Lunatic asylums Burma 1907-21 - 1907-1921
Year: 1907
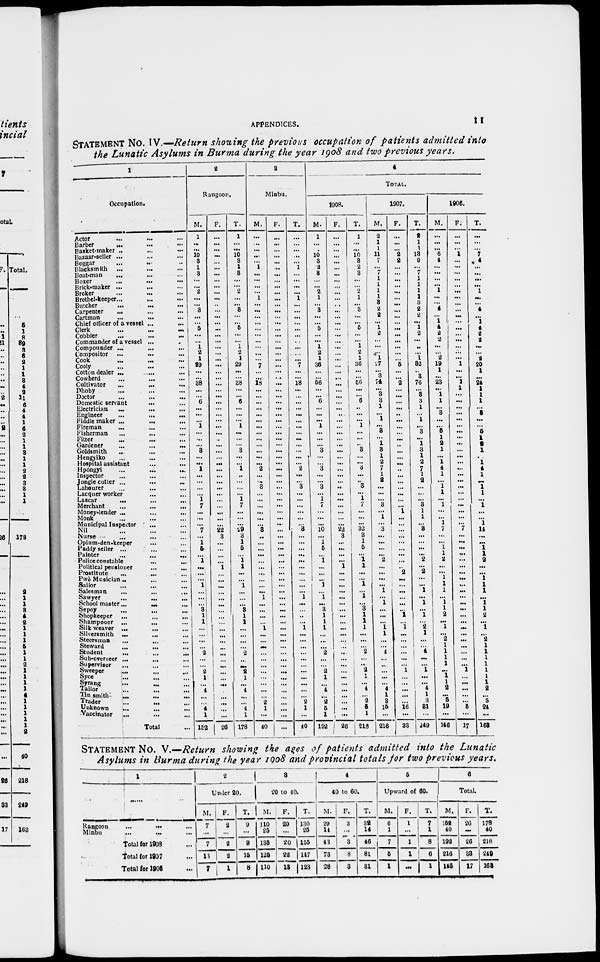
APPENDICES.
11
STATEMENT No. IV.—Return showing the previous occupation of patients admitted into
the Lunatic Asylums in Burma during the year 1908 and two previous years.
1
Occupation.
Actor ... ... ...
Barber
... ... ...
Basket-maker ... ... ...
Bazaar-seller ... ... ...
Beggar ... ... ...
Blacksmith ... ... ...
Boat-man
... ... ...
Boxer
...
...
...
Brick-maker ... ... ...
Broker ... ... ...
Brothel-keeper... ... ...
Butcher ... ... ...
Carpenter
...
...
...
Cartman ... ... ...
Chief officer of a vessel ... ...
Clerk
...
...
...
Cobbler
...
...
...
Commander of a vessel ... ...
Compounder ... ... ...
Compositor ...
...
...
Cock ... ... ...
Cooly ... ... ...
Cotton dealer ... ... ...
Cowherd
...
... ...
Cultivator ... ... ...
Dhoby ... ... ...
Doctor ... ... ...
Domestic servant ... ... ...
Electrician
... ... ...
Engineer ... ... ...
Fiddle maker ...
... ...
Fireman
... ... ...
Fisherman ... ... ...
Fitter ... ... ...
Gardener ... ... ...
Goldsmith ... ... ...
Heogyiko ... ... ...
Hospital assistant ... ...
Hpôngyi ... ... ...
Inspector ... ... ...
Jungle cutter ... ... ...
Labourer ... ... ...
Lacquer worker ... ...
Lascar ... ... ...
Merchant
...
...
...
Money-lender ...
Monk ... ... ...
Municipal Inspector ... ...
Nil ... ... ...
Nurse ... ... ...
Opiunvden-keeper ... ...
Faddy seller ... ... ...
Painter ... ... ...
Police constable ... ...
Political pensioner ... ... ...
Prostitute ... ... ...
Pwè Musician ... ... ...
Sailor ... ... ...
Salesman
...
...
...
Sawyer
...
... ...
School master...
... ...
Sepoy
...
...
...
Shopkeeper
...
...
...
Shampooer ...
...
...
Silk weaver ... ... ...
Silversmith ... ... ...
Steersman ... ... ...
Steward
...
...
...
Student
...
...
...
Sub-overseer ...
...
...
Supervisor
...
...
...
Sweeper ... ... ...
Syce ... ... ...
Syrang ... ... ...
Tailor ... ... ...
Tin smith
...
...
...
Trader ... ... ...
Unknown ... ... ...
Vaccinator ... ... ...
Total ...
2
Rangoon.
M.
1
...
...
10
3
1
3
...
...
2
...
...
3
...
...
5
...
...
1
2
1
29
...
...
38
...
...
6
...
...
...
1
...
...
...
3
...
...
1
...
...
...
...
1
7
...
...
...
7
...
1
5
...
1
...
...
...
1
1
...
...
3
1
1
...
...
...
...
2
...
...
2
1
...
4
...
...
4
1
152
F.
...
...
...
...
...
...
...
...
...
...
...
...
...
...
...
...
...
...
...
...
...
...
...
...
...
...
...
...
...
...
...
...
...
...
...
...
...
...
...
...
...
...
...
...
...
...
...
22
3
...
...
...
...
1
...
...
...
...
...
...
...
...
...
...
...
...
...
...
...
...
...
...
...
...
...
...
...
...
26
T.
1
...
...
10
3
1
3
...
...
2
...
...
3
...
...
5
...
...
1
2
1
29
...
...
38
...
...
6
...
...
...
1
...
...
...
3
...
...
1
...
...
...
...
1
7
...
...
...
29
3
1
5
...
1 1
...
...
1
...
...
...
3
1
1
...
...
...
...
2
...
...
2
1
...
4
...
...
4
1
178
3
Minbu.
M.
...
...
...
...
...
1
...
...
...
...
1
...
...
...
...
...
...
...
...
...
...
7
...
...
18
...
...
...
...
...
...
...
...
...
...
...
...
...
2
...
...
3
...
...
...
...
...
...
3
...
...
...
...
...
...
...
...
...
...
1
...
...
...
...
1
...
...
...
...
...
...
...
...
...
...
...
2
1
...
40
F.
...
...
...
...
...
...
...
...
...
...
...
...
...
...
...
...
...
...
...
...
...
...
...
...
...
...
...
...
...
...
...
...
...
...
...
...
...
...
...
...
...
...
...
...
...
...
...
...
...
...
...
...
...
...
...
...
...
...
...
...
...
...
...
...
...
...
...
...
...
...
...
...
...
...
...
...
...
7
...
...
T.
...
...
...
...
...
1
...
...
...
...
1
...
...
...
...
...
...
...
...
...
...
7
...
...
18
...
...
...
...
...
...
...
...
...
...
...
...
...
2
...
...
3
...
...
...
...
...
...
3
...
...
...
...
...
...
...
...
...
...
1
...
...
...
...
1
...
...
...
...
...
...
...
...
...
...
...
2
1
...
40
4
TOTAL.
1908.
M.
1
...
...
10
3
2
3
...
...
2
1
...
3
...
...
5
...
...
1
2
1
36
...
...
56
...
...
6
...
...
...
1
...
...
...
3
...
...
3
...
...
3
...
1
7
...
...
...
10
...
1
5
...
1
...
...
...
1
...
1
...
3
1
1
1
...
...
...
2
...
...
2
1
...
4
...
2
5
1
192
F.
...
...
...
...
...
...
...
...
...
...
...
...
...
...
...
...
...
...
...
...
...
...
... ...
...
...
...
...
...
...
...
...
...
...
...
...
...
...
...
...
...
...
...
...
...
...
...
...
22
3
...
...
...
...
1
...
...
...
...
...
...
...
...
...
...
...
...
...
...
...
...
...
...
...
...
...
...
...
...
26
T.
1
...
...
10
3
2
3
...
...
2
1
...
3
...
...
5
...
...
1
2
1
36
...
...
66
...
...
6
...
...
...
1
...
...
...
3
...
...
3
...
...
3
...
1
7
...
...
...
32
3
1
5
...
1 1
...
...
1
...
1
...
3
1
1
1
...
...
...
2
...
...
2
1
...
4
...
2
5
1
218
1907.
M.
2
1
1
11
7
...
7
1
1
1
1
3
2
2
...
1
2
...
...
...
1
27
...
3
74
...
3
3
1
...
1
...
3
...
1
3
1
2
7
1
2
...
...
...
3
...
1
...
3
...
...
...
...
2
...
...
...
...
1
...
1
...
...
...
1
1
...
...
4
...
...
...
...
...
4
1
3
15
...
216
F.
...
...
...
2
2
...
...
...
...
...
...
...
...
...
...
...
...
...
...
...
...
6
...
...
2
...
...
...
...
...
...
...
...
...
...
...
...
...
...
...
...
...
...
...
...
1
...
...
...
...
...
...
...
...
...
2
...
...
...
...
...
...
1
...
1
...
...
...
...
...
...
1
...
...
...
...
...
16
...
33
T.
2
1
1
13
9
...
7
1
1
1
1
3
2
2
...
1
2
...
...
...
1
82
...
3
76
...
3
3
1
...
1
...
3
...
1
3
1
2
7
1
2
...
...
...
3
1
1
...
3
...
...
...
...
2
...
2
...
...
1
...
1
...
1
...
2
1
...
...
4
...
...
1
...
...
4
1
3
31
...
240
1906.
M.
...
...
...
6
4
...
...
...
...
1
...
...
4
...
1
4
2
2
...
...
2
19
1
...
23
...
1
1
...
3
...
...
5
1
2
1
...
1
4
1
...
1
1
...
1
...
...
1
7
...
...
1
1
2
...
...
1
1
1
...
1
1
2
...
1
...
2
1
1
1
1
...
1
1
2
...
5
19
...
146
F.
...
...
...
1
...
...
...
...
...
...
...
...
...
...
...
...
...
...
...
...
...
1
...
...
1
1
...
...
...
...
...
...
...
...
...
...
...
...
...
...
...
...
...
...
...
...
...
...
7
...
...
...
...
...
...
...
...
...
...
...
...
...
...
...
...
...
...
...
...
...
...
1
...
...
...
...
...
5
...
17
T.
...
...
...
7
4
...
...
...
...
1
...
...
4
...
1
4
2
2
...
...
2
20
1
...
24
1
1
1
...
3
...
...
5
1
2
1
...
1
4
1
...
1
1
...
1
...
...
1
14
...
...
1
1
2
...
...
1
1
1
...
1
1
2
...
1
...
2
1
1
1
1
1
1
1
2
...
5
24
...
168
STATEMENT No. V.—Return showing the ages of patients admitted into the Lunatic
Asylums in Burma during the year 1908 and provincial totals for two previous years.
1
Rangoon
...
... ...
Minbu
...
...
...
Total for 1908 ...
Total for 1907...
Total for 1906...
2
Under 20.
M.
7
...
7
13
7
F.
2
...
2
2
1
T.
9
...
9
15
8
3
20 to 40.
M.
110
25
136
125
110
F.
20
...
20
22
13
T.
130
25
155
147
123
4
40 to 60.
M.
29
14
43
73
28
F.
3
...
3
8
3
T.
32
14
46
81
31
5
Upward of 60.
M.
6
1
7
5
1
F.
1
...
1
1
...
T.
7
1
8
6
1
6
Total.
M.
152
40
192
216
146
F.
26
...
26
383
17
T.
178
40
218
249
163